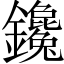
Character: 鑱